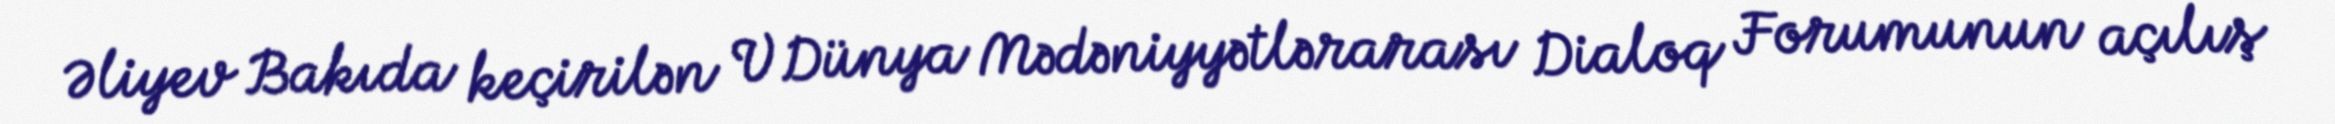
Əliyev Bakıda keçirilən V Dünya Mədəniyyətlərarası Dialoq Forumunun açılış